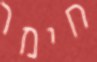
חימר